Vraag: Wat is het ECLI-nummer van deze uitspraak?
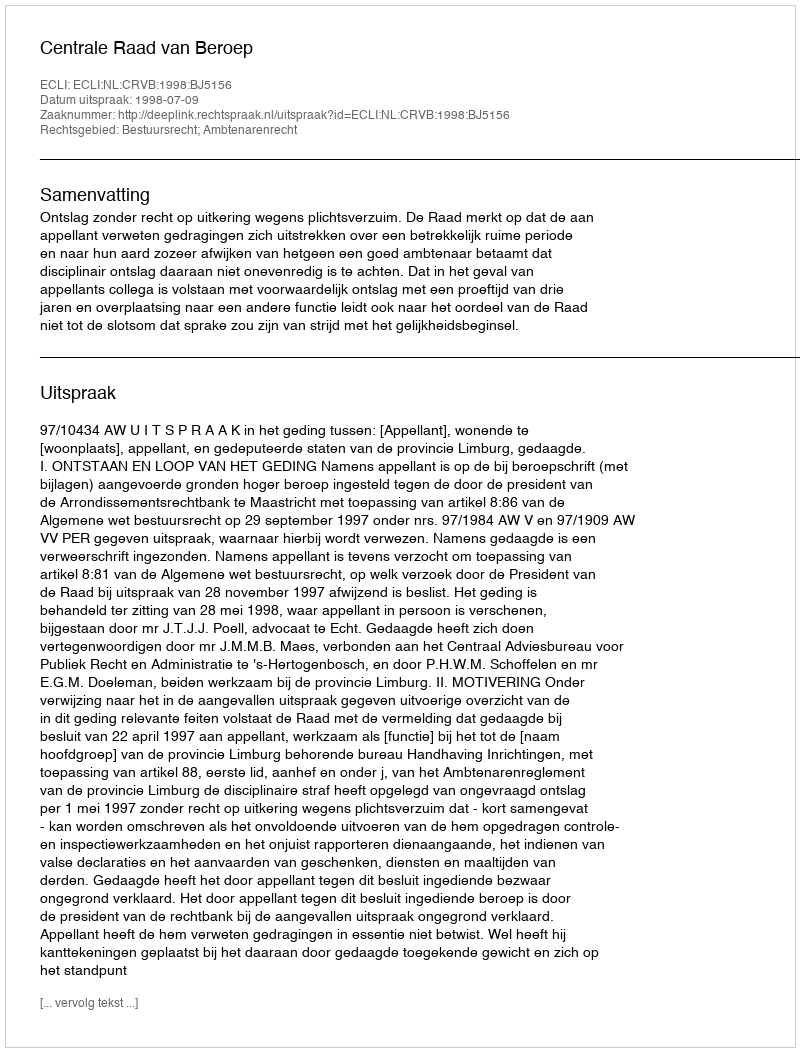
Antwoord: ECLI:NL:CRVB:1998:BJ5156